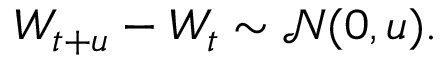
W _ { t + u } - W _ { t } \sim { \mathcal { N } } ( 0 , u ) .